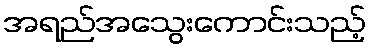
အရည်အသွေးကောင်းသည့်